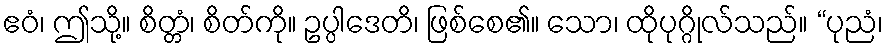
ဧဝံ၊ ဤသို့။ စိတ္တံ၊ စိတ်ကို။ ဥပ္ပါဒေတိ၊ ဖြစ်စေ၏။ သော၊ ထိုပုဂ္ဂိုလ်သည်။ “ပုညံ၊